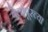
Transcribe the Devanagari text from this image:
बेलापूरच्या